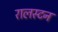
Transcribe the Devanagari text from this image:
रालस्टन